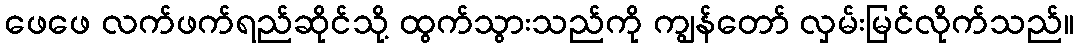
ဖေဖေ လက်ဖက်ရည်ဆိုင်သို့ ထွက်သွားသည်ကို ကျွန်တော် လှမ်းမြင်လိုက်သည်။